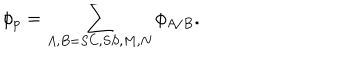
\phi _ { p } = \sum _ { A , B = S C , S S , M , N } \phi _ { A / B } .